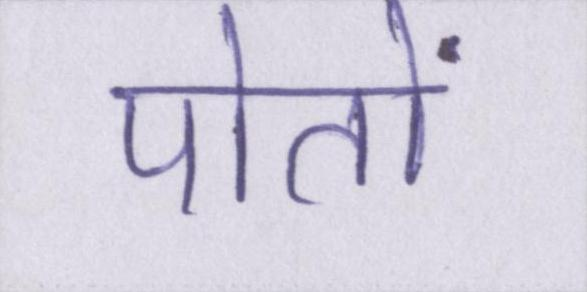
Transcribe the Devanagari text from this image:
पोतों